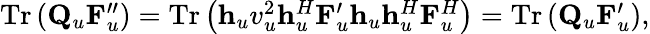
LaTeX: \begin{array}{r}{\mathrm{Tr}\left({\mathbf{Q}}_{u}{\mathbf{F}}_{u}^{\prime\prime}\right)=\mathrm{Tr}\left({\mathbf{h}}_{u}v_{u}^{2}{\mathbf{h}}_{u}^{H}{\mathbf{F}}_{u}^{\prime}{\mathbf{h}}_{u}{\mathbf{h}}_{u}^{H}{\mathbf{F}}_{u}^{H}\right)=\mathrm{Tr}\left({\mathbf{Q}}_{u}{\mathbf{F}}_{u}^{\prime}\right),}\end{array}